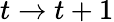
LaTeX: t\to t+1